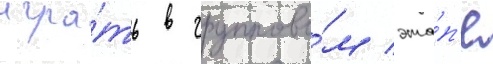
игра́ть в группово́м эта́п'е